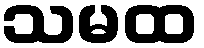
သမထ